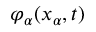
\varphi _ { \alpha } ( x _ { \alpha } , t )